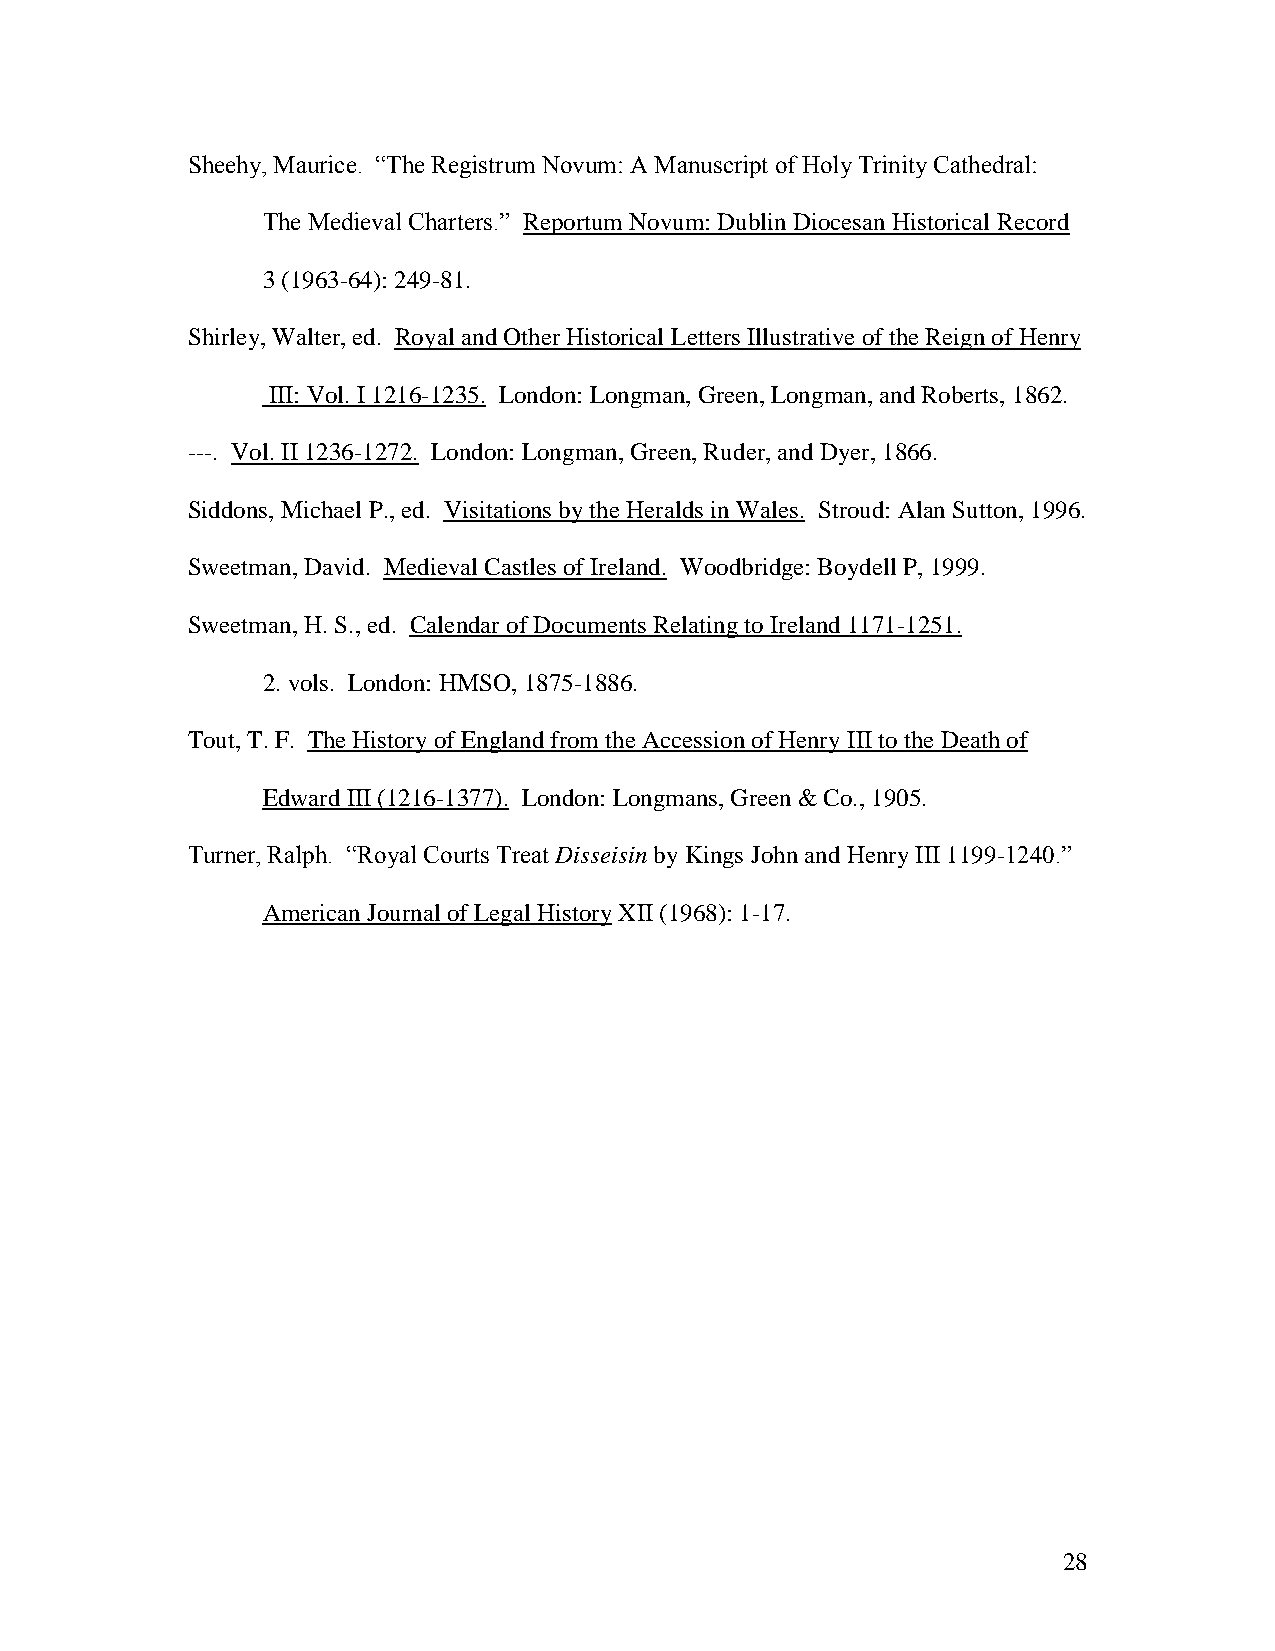
Sheehy, Maurice. “The Registrum Novum: A Manuscript of Holy Trinity Cathedral:
 The Medieval Charters.” Reportum Novum: Dublin Diocesan Historical Record
 3 (1963-64): 249-81.
 Shirley, Walter, ed. Royal and Other Historical Letters Illustrative of the Reign of Henry
 III: Vol. I 1216-1235. London: Longman, Green, Longman, and Roberts, 1862.
 ---. Vol. II 1236-1272. London: Longman, Green, Ruder, and Dyer, 1866.
 Siddons, Michael P., ed. Visitations by the Heralds in Wales. Stroud: Alan Sutton, 1996.
 Sweetman, David. Medieval Castles of Ireland. Woodbridge: Boydell P, 1999.
 Sweetman, H. S., ed. Calendar of Documents Relating to Ireland 1171-1251.
 2. vols. London: HMSO, 1875-1886.
 Tout, T. F. The History of England from the Accession of Henry III to the Death of
 Edward III (1216-1377). London: Longmans, Green & Co., 1905.
 Turner, Ralph. “Royal Courts Treat Disseisin by Kings John and Henry III 1199-1240.”
 American Journal of Legal History XII (1968): 1-17.
 28